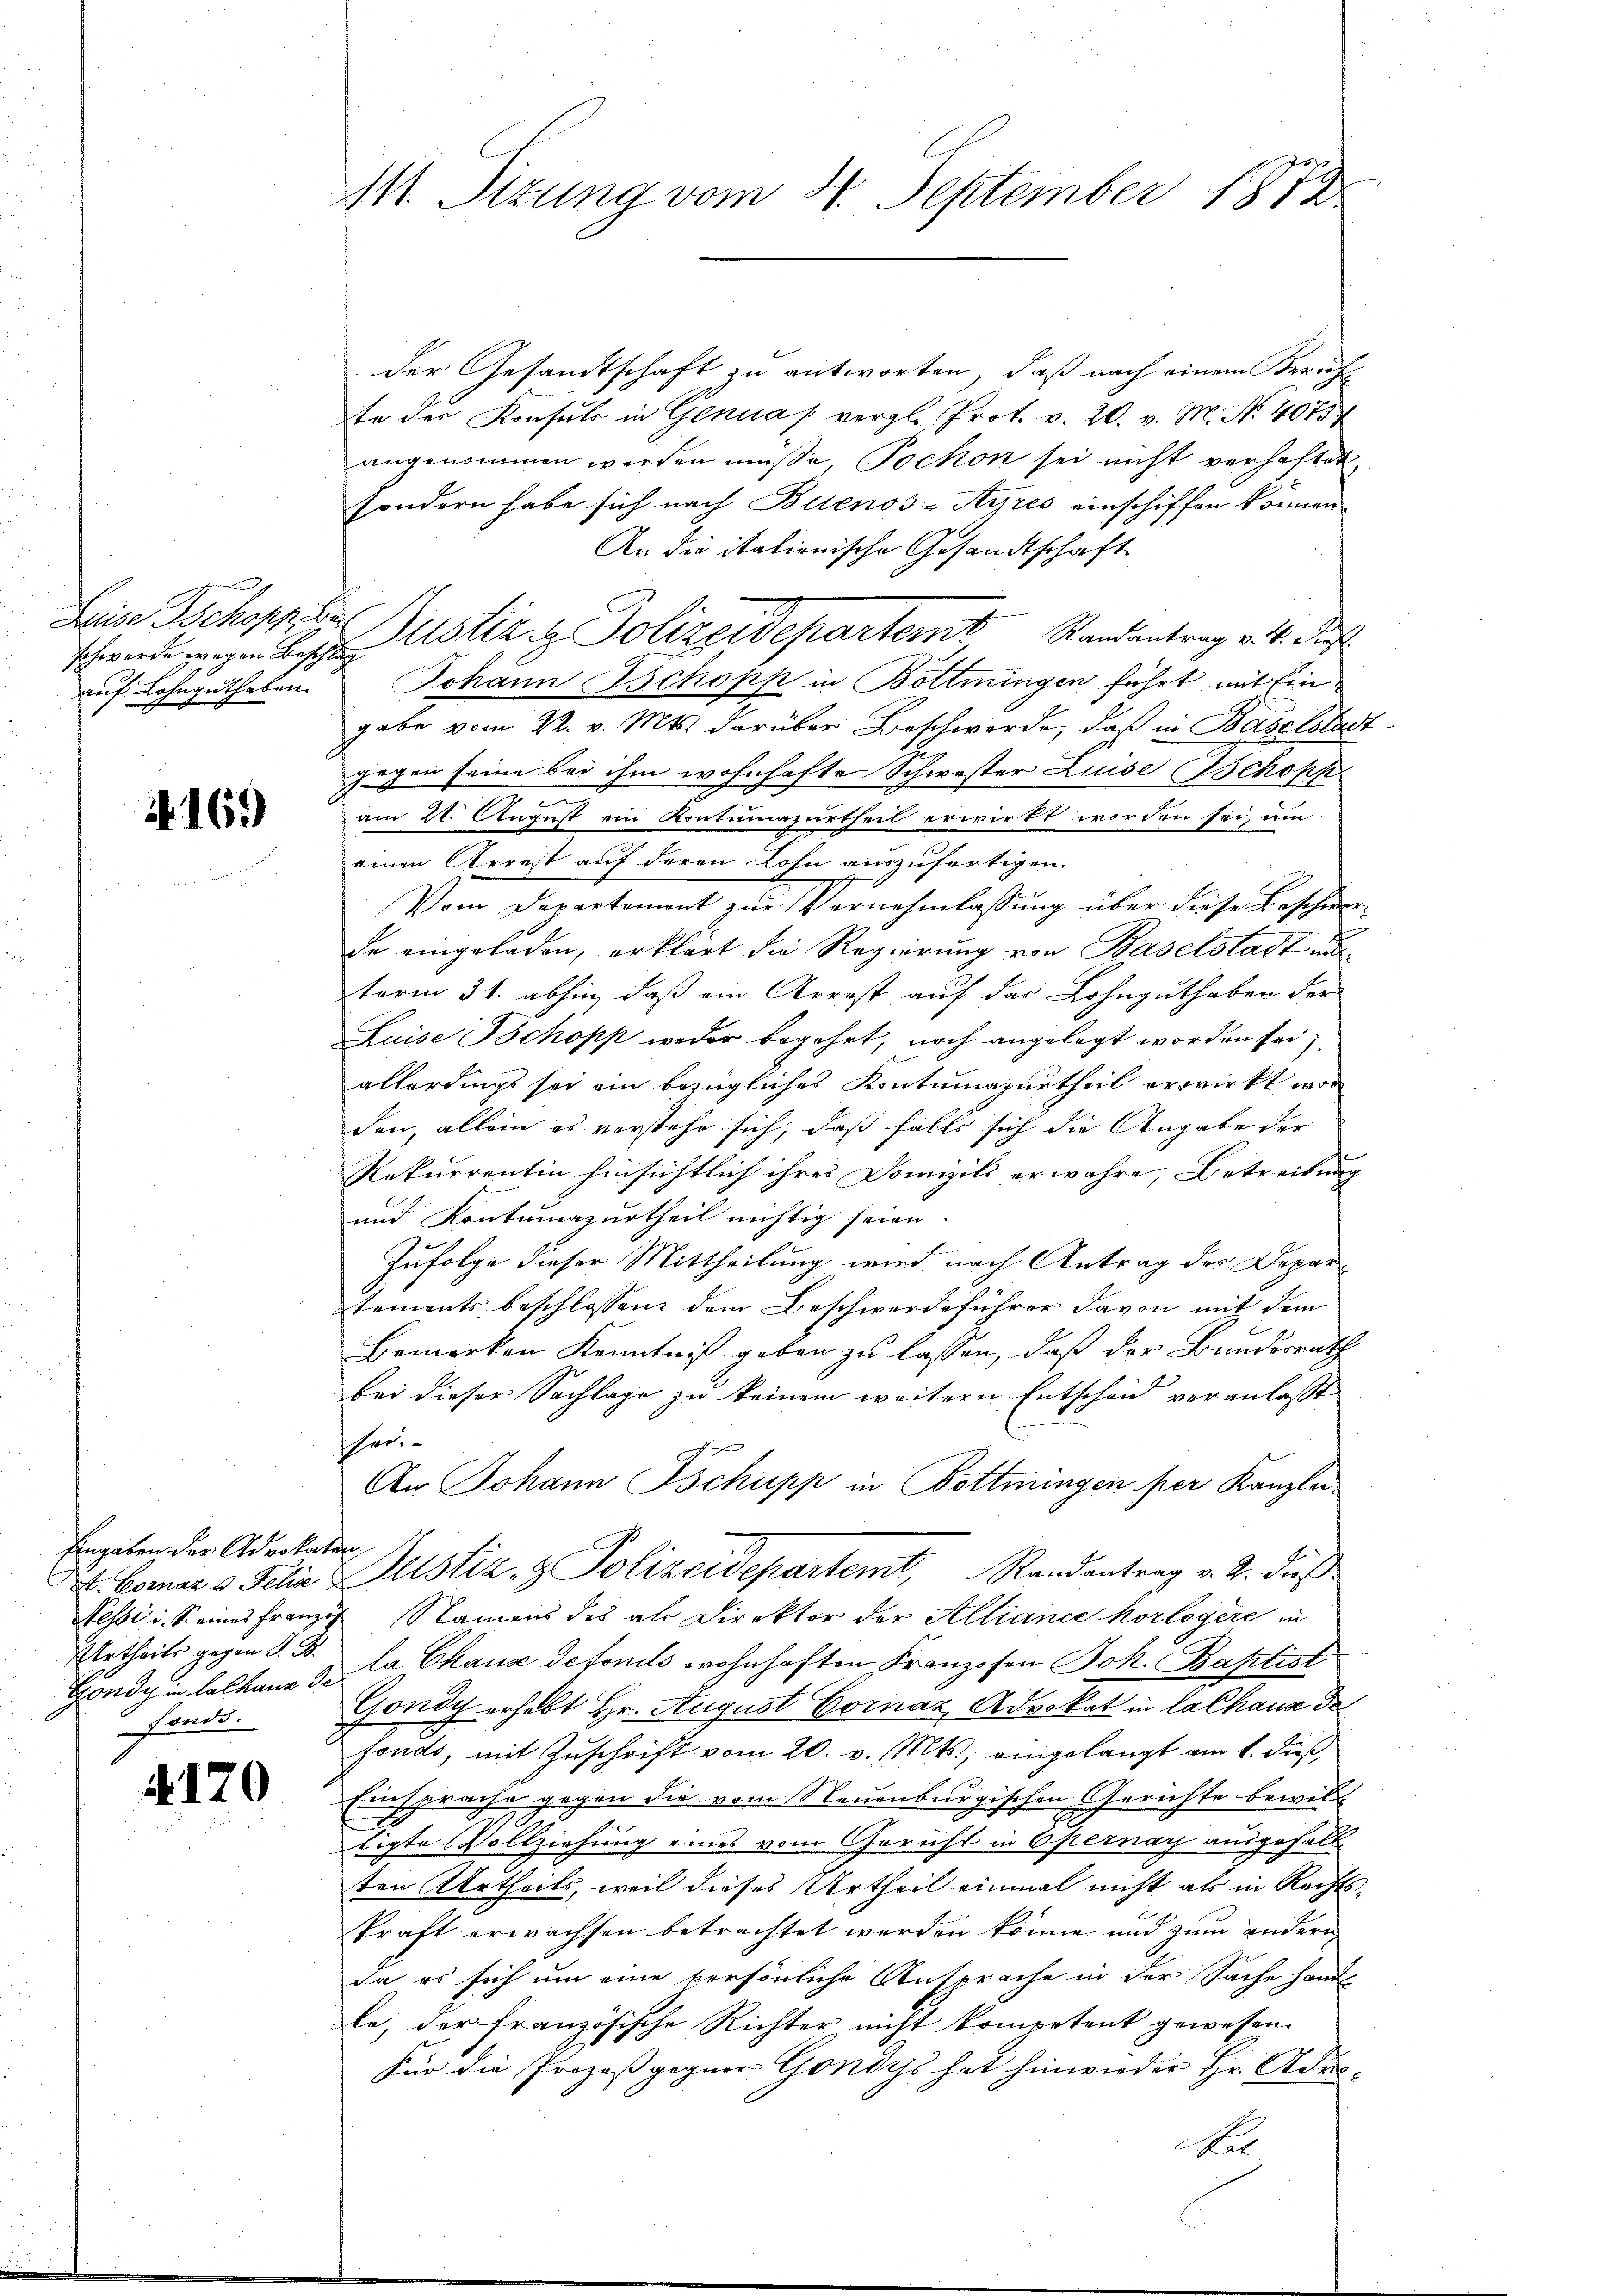
Zeise Schoppel
schwerde wegen Beschlug
auf Lohnguthaben.

Nr. 169)

Eingaben der Advokaten
Urtheils gegen d. B.
fands

A 170

111. Sitzung vom 20. September 187

der Gesandtschaft zu antworten, daß nach einem Bericht
te der Konsuls in Genua / vergl. Prot. v. 20. v. M. No. 4075
angenommen werden müsse, Pochon sei nicht verhaftet
sondern habe sich nach Buenos-Ayres einschiffen können
An die italionische Gesandtschaft
Justiz & Polizeidepartem Randantrag v. 4. Just
Johann schopp in Bottmingen führt mit Eingabe vom 22. v. Mts. darüber Beschwerde, daß in Baselstadt
gegen seine bei ihm wohnhafte Schwester Luide schopp
am 21. August ein Kontumazurtheil erwirkt worden sei, um
einen Arrest auf deren Lohn auszufertigen.
Vom Departement zur Vernehmlassung über diese Beschwerde eingeladen, erklärt die Regierung von Baselstadt un
term 31. abhin, daß ein Arrest auf das Lohnguthaben der
Luise schopp weder begehrt, noch angelegt worden sei;
allerdings sei ein bezügliches Kontumazurtheil erwirkt wor
den, allein es verstehe sich, daß falls sich die Angabe der
Rekurrentin hinsichtlich ihres Domizili erwahre, Betreibung
und Kontumazurtheil nichtig seien.
Zufolge dieser Mittheilung wird nach Antrag des Depar-
tements beschlossen dem Beschwerdeführer davon mit dem
Bemerken Kenntniß geben zu lassen, daß der Bundesrath
bei dieser Sachlage zu keinem weitern Entscheid veranlasst
schen.
An Johann Tschupp in Bottmingen per Kanzlei
E. Borar v Filia Justiz- & Polizeidepartemt, Randantrag v. 2. dieß
Nessi i. So eines Französ. Namens des als Direktor der Alliance korlogere in
Gondy in Calkane da Chause defonds wohnhaften Franzosen Joh. Baptist
Gondy erhebt Hr. August Gornaz, Advokat in lachaus de
fonds, mit Zuschrift vom 20. v. Mts., eingelangt am 1. dieß,
Einsprache gegen die vom Neuenburgischen Gerichte bewilligte Vollziehung eines vom Gericht in Opernay ausgefall
ten Urtheils, weil dieses Urtheil einmal nicht als in Rechtskraft erwachsen betrachtet werden könne und zum andern
Ja es sich um eine persönliche Ansprache in der Sache hand
le, der französische Richter nicht kompetent gewesen.
Für die Prozeßgegner Gondys hat hinwieder Hr. Admi¬
Ael